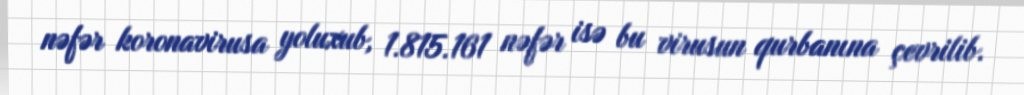
nəfər koronavirusa yoluxub, 1.815.161 nəfər isə bu virusun qurbanına çevrilib.